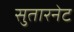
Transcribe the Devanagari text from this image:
सुतारनेट